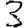
Digit: 3